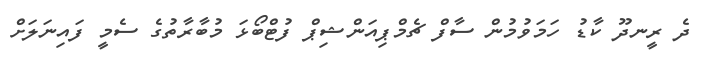
ދެ ރީނދޫ ކާޑު ހަމަވުމުން ސާފް ޗެމްޕިއަންޝިޕް ފުޓްބޯޅަ މުބާރާތުގެ ސެމީ ފައިނަލަށް